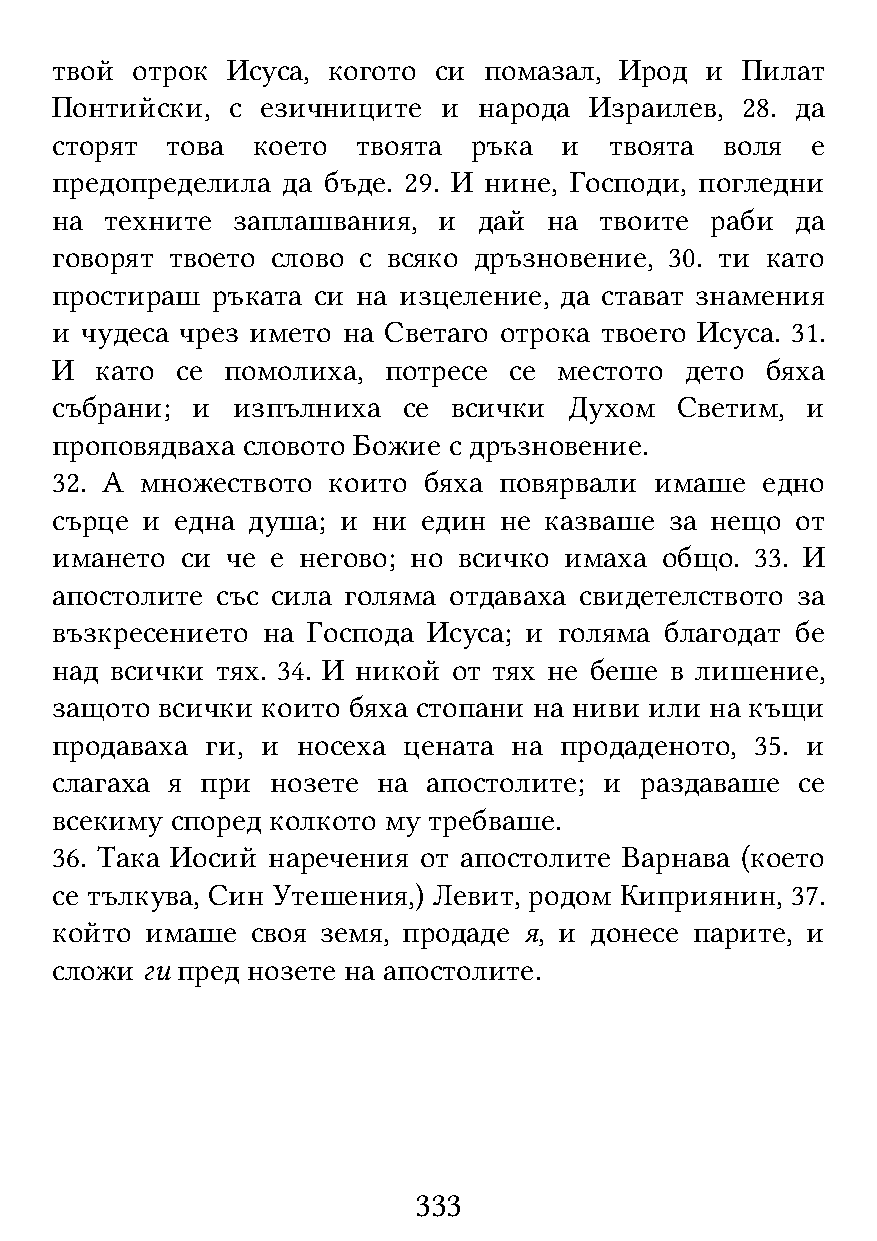
твой  отрок Исуса, когото си помазал, Ирод  и Пилат
 Понтийски,  с езичниците  и  народа Израилев, 28. да
 сторят  това  което  твоята ръка  и  твоята  воля  е
 предопределила  да бъде. 29. И нине, Господи, погледни
 на  техните заплашвания,  и  дай на  твоите раби  да
 говорят твоето слово с всяко дръзновение, 30. ти като
 простираш  ръката си на изцеление, да стават знамения
 и чудеса чрез името на Светаго отрока твоего Исуса. 31.
 И  като  се помолиха, потресе  се местото дето  бяха
 събрани;  и изпълниха   се всички  Духом  Светим, и
 проповядваха словото Божие с дръзновение.
 32. А множеството  които бяха повярвали имаше  едно
 сърце и  една душа; и ни един не казваше за нещо  от
 имането  си че е негово; но всичко имаха общо. 33. И
 апостолите със сила голяма отдаваха свидетелството за
 възкресението на Господа Исуса; и голяма благодат бе
 над всички тях. 34. И никой от тях не беше в лишение,
 защото всички които бяха стопани на ниви или на къщи
 продаваха  ги, и носеха цената на продаденото, 35. и
 слагаха я при  нозете на апостолите; и раздаваше  се
 всекиму според колкото му требваше.
 36. Така Иосий наречения от апостолите Варнава (което
 се тълкува, Син Утешения,) Левит, родом Киприянин, 37.
 който  имаше  своя земя, продаде я, и донесе парите, и
 сложи ги пред нозете на апостолите.
 333